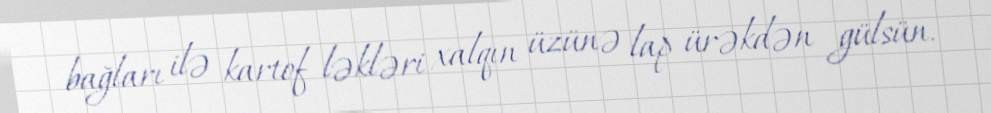
bağları ilə kartof ləkləri xalqın üzünə lap ürəkdən gülsün.